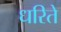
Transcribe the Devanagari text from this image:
धरिते